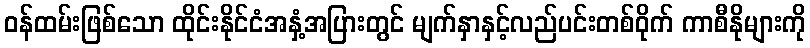
ဝန်ထမ်းဖြစ်သော ထိုင်းနိုင်ငံအနှံ့အပြားတွင် မျက်နှာနှင့်လည်ပင်းတစ်ဝိုက် ကာစီနိုများကို